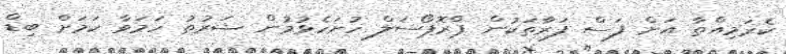
ކެރަމިއްތާ އަށް ފަސް ފަރާތަކުން ޕްރޮޕޯސަލް ހުށަހެޅުމުން ޝަރުތު ހަމަވާ ކަމަށް ބިޑް